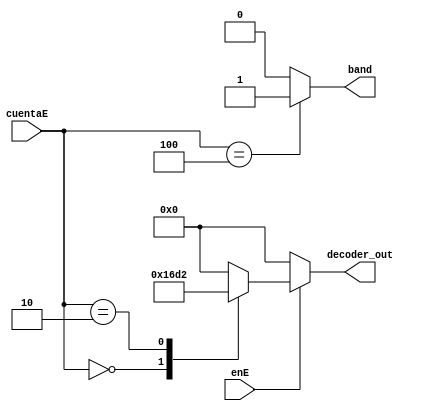
`timescale 1ns / 1ps
//////////////////////////////////////////////////////////////////////////////////
// Company: 
// Engineer: 
// 
// Design Name: 
// Module Name:    Deco_escribirdato 
// Project Name: 
// Target Devices: 
// Tool versions: 
// Description: 
//
// Dependencies: 
//
// Revision: 
// Revision 0.01 - File Created
// Additional Comments: 
//
//////////////////////////////////////////////////////////////////////////////////
module Deco_escribirdato(///contenido
input enE,
output reg band,
output reg [7:0]decoder_out,
input[2:0] cuentaE
    );

always@*
begin
	if(enE)
	begin
	case (cuentaE) 
				3'b000 : decoder_out = 8'h16;
				3'b001 : decoder_out = 8'h0;
				3'b010 : decoder_out = 8'b11010010;////////210////////
				3'b011: decoder_out= 8'h0;
			
		default decoder_out= 8'h0; 
		endcase
		end
	else 
	decoder_out= 8'h0;	
end
always@*
begin
		if(cuentaE==3'b100)begin
			band = 1'b1;end
		 
		 else
		 band = 1'b0;
	end
endmodule